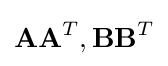
\mathbf {A} \mathbf {A} ^{T},\mathbf {B} \mathbf {B} ^{T}